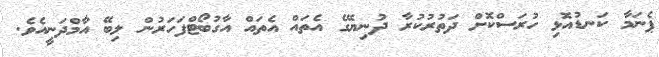
ޕެނަމާ ކަނޑުއޮޅި ހުރަސްކޮށް ދަތުރުކުރާ ދުނިޔޭގެ އެތައް އެތައް އާގުބޯޓްފަހަރުން ލިބޭ އާމްދަނީއެވެ.